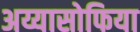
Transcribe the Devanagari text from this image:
अय्यासोफिया